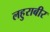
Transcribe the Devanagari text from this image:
लहुराबीर